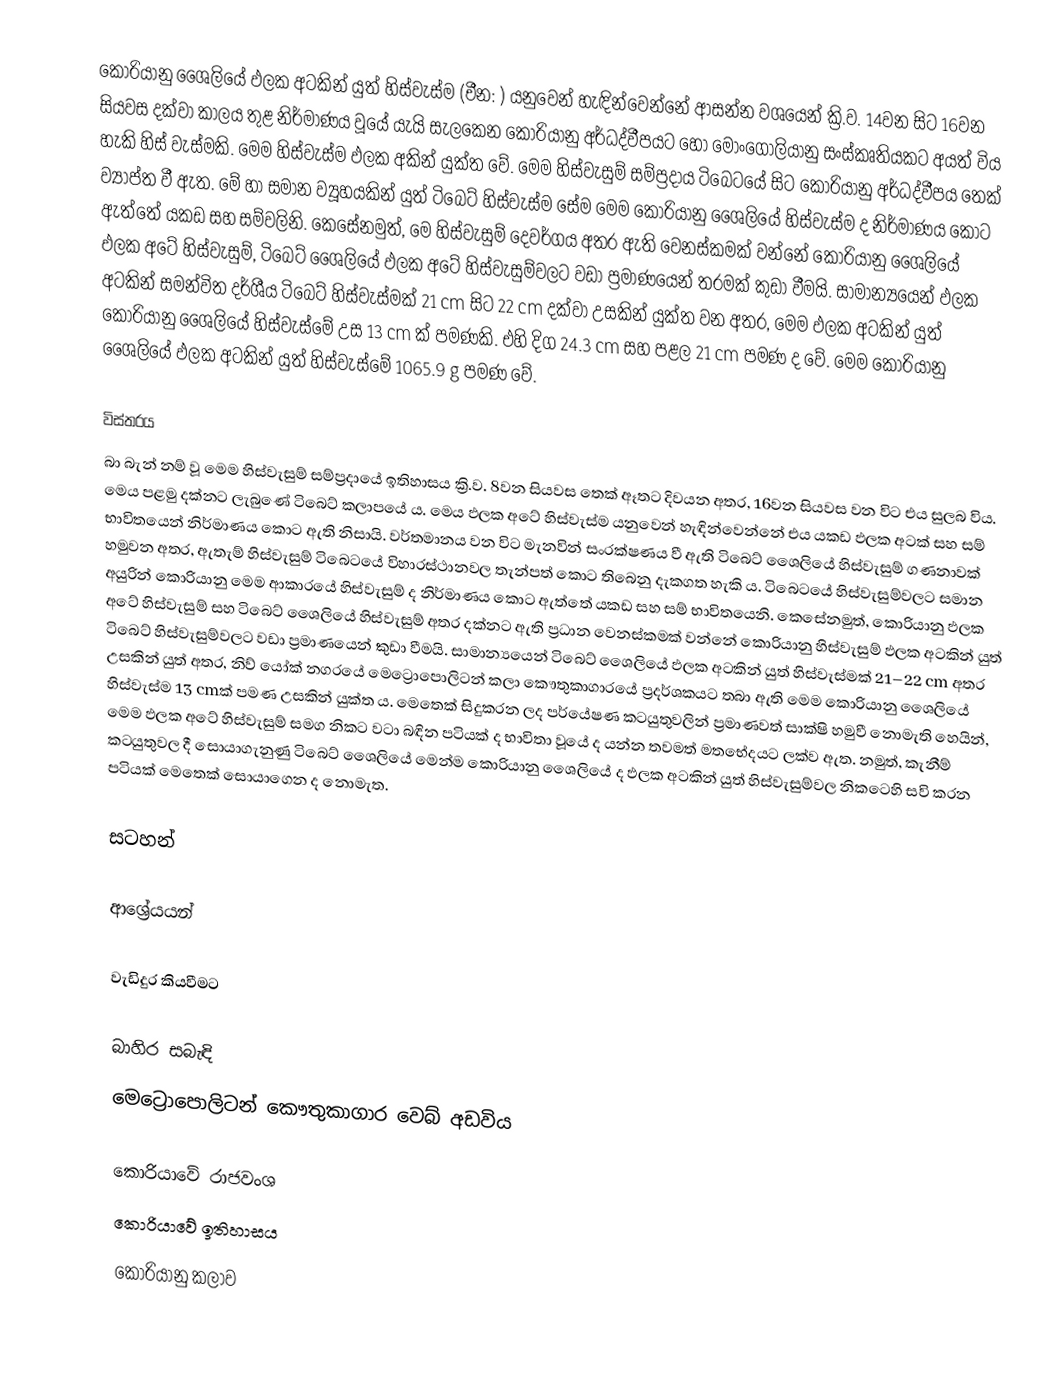
කොරියානු ශෛලියේ ඵලක අටකින් යුත් හිස්වැස්ම (චීන: ) යනුවෙන් හැඳින්වෙන්නේ ආසන්න වශයෙන් ක්‍රි.ව. 14වන සිට 16වන සියවස දක්වා කාලය තුළ නිර්මාණය වූයේ යැයි සැලකෙන කොරියානු අර්ධද්වීපයට හෝ මොංගෝලියානු සංස්කෘතියකට අයත් විය හැකි හිස් වැස්මකි. මෙම හිස්වැස්ම ඵලක අකින් යුක්ත වේ. මෙම හිස්වැසුම් සම්ප්‍රදාය ටිබෙටයේ සිට කොරියානු අර්ධද්වීපය තෙක් ව්‍යාප්ත වී ඇත. මේ හා සමාන ව්‍යූහයකින් යුත් ටිබෙට් හිස්වැස්ම සේම මෙම කොරියානු ශෛලියේ හිස්වැස්ම ද නිර්මාණය කොට ඇත්තේ යකඩ සහ සම්වලිනි. කෙසේනමුත්, මෙ හිස්වැසුම් දෙවර්ගය අතර ඇති වෙනස්කමක් වන්නේ කොරියානු ශෛලියේ ඵලක අටේ හිස්වැසුම්, ටිබෙට් ශෛලියේ ඵලක අටේ හිස්වැසුම්වලට වඩා ප්‍රමාණයෙන් තරමක් කුඩා වීමයි. සාමාන්‍යයෙන් ඵලක අටකින් සමන්විත දර්ශීය ටිබෙට් හිස්වැස්මක් 21 cm සිට 22 cm දක්වා උසකින් යුක්ත වන අතර, මෙම ඵලක අටකින් යුත් කොරියානු ශෛලියේ හිස්වැස්මේ උස 13 cm ක් පමණකි. එහි දිග 24.3 cm සහ පළල 21 cm පමණ ද වේ. මෙම කොරියානු ශෛලියේ ඵලක අටකින් යුත් හිස්වැස්මේ 1065.9 g පමණ වේ.

විස්තරය
බා බැන් නම් වූ මෙම හිස්වැසුම් සම්ප්‍රදායේ ඉතිහාසය ක්‍රි.ව. 8වන සියවස තෙක් ඈතට දිවයන අතර, 16වන සියවස වන විට එය සුලබ විය. මෙය පළමු දක්නට ලැබුණේ ටිබෙට් කලාපයේ ය. මෙය ඵලක අටේ හිස්වැස්ම යනුවෙන් හැඳින්වෙන්නේ එය යකඩ ඵලක අටක් සහ සම් භාවිතයෙන් නිර්මාණය කොට ඇති නිසායි. වර්තමානය වන විට මැනවින් සංරක්ෂණය වී ඇති ටිබෙට් ශෛලියේ හිස්වැසුම් ගණනාවක් හමුවන අතර, ඇතැම් හිස්වැසුම් ටිබෙටයේ විහාරස්ථානවල තැන්පත් කොට තිබෙනු දැකගත හැකි ය. ටිබෙටයේ හිස්වැසුම්වලට සමාන අයුරින් කොරියානු මෙම ‍ආකාරයේ හිස්වැසුම් ද නිර්මාණය කොට ඇත්තේ යකඩ සහ සම් භාවිතයෙනි. කෙසේනමුත්, කොරියානු ඵලක අටේ හිස්වැසුම් සහ ටිබෙට් ශෛලියේ හිස්වැසුම් අතර දක්නට ඇති ප්‍රධාන වෙනස්කමක් වන්නේ කොරියානු හිස්වැසුම් ඵලක අටකින් යුත් ටිබෙට් හිස්වැසුම්වලට වඩා ප්‍රමාණයෙන් කුඩා වීමයි. සාමාන්‍යයෙන් ටිබෙට් ශෛලියේ ඵලක අටකින් යුත් හිස්වැස්මක් 21–22 cm අතර උසකින් යුත් අතර, නිව් යෝක් නගරයේ මෙට්‍රොපොලිටන් කලා කෞතුකාගාරයේ ප්‍රදර්ශකයට තබා ඇති මෙම කොරියානු ශෛලියේ හිස්වැස්ම 13 cmක් පමණ උසකින් යුක්ත ය. මෙතෙක් සිදුකරන ලද පර්යේෂණ කටයුතුවලින් ප්‍රමාණවත් සාක්ෂි හමුවී නොමැති හෙයින්, මෙම ඵලක අටේ හිස්වැසුම් සමග නික‍ට වටා බඳින පටියක් ද භාවිතා වූයේ ද යන්න තවමත් මතභේදයට ලක්ව ඇත. නමුත්, කැනීම් කටයුතුවල දී සොයාගැනුණු ටිබෙට් ශෛලියේ මෙන්ම කොරියානු ශෛලියේ ද ඵලක අටකින් යුත් හිස්වැසුම්වල නිකටෙහි සවි කරන පටියක් මෙතෙක් සොයාගෙන ද නොමැත.

සටහන්

ආශ්‍රේයයන්

වැඩිදුර කියවීමට

බාහිර සබැඳි
 මෙට්‍රොපොලිටන් කෞතුකාගාර වෙබ් අඩවිය

කොරියාවේ රාජවංශ
කොරියාවේ ඉතිහාසය
කොරියානු කලාව